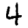
Digit: 4